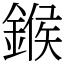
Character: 鍭